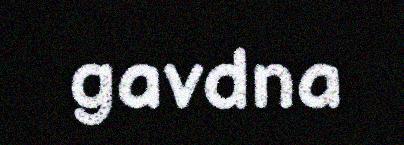
gavdna